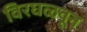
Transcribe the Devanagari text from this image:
विरघळवून